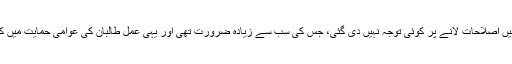
افغان حکومت میں اصلاحات لانے پر کوئی توجہ نہیں دی گئی، جس کی سب سے زیادہ ضرورت تھی اور یہی عمل طالبان کی عوامی حمایت میں کمی لا سکتا تھا۔